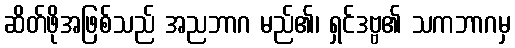
ဆိတ်ဖိုအဖြစ်သည် အညဘာဂ မည်၏၊ ရှင်ဒဗ္ဗ၏ သကဘာဂမှ